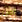
الآن